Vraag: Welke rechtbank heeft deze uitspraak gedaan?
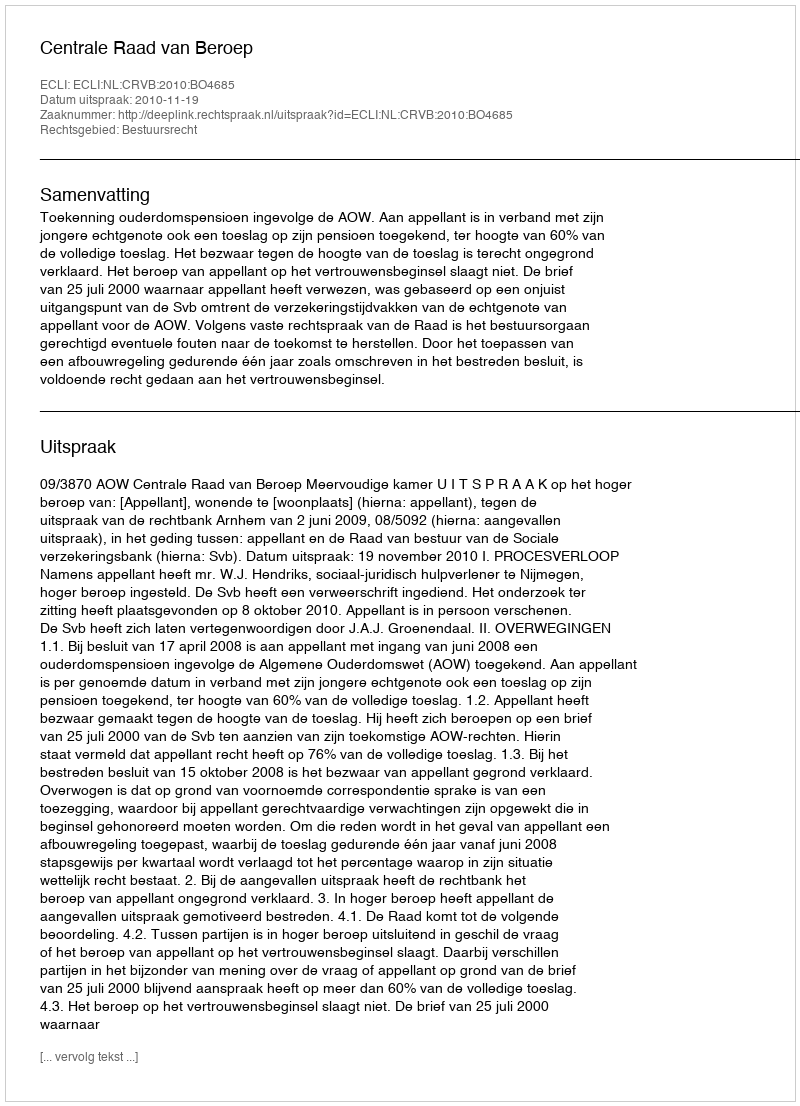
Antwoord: Centrale Raad van Beroep